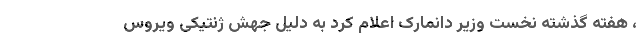
، هفته گذشته نخست وزیر دانمارک اعلام کرد به دلیل جهش ژنتیکی ویروس